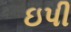
ઇપી